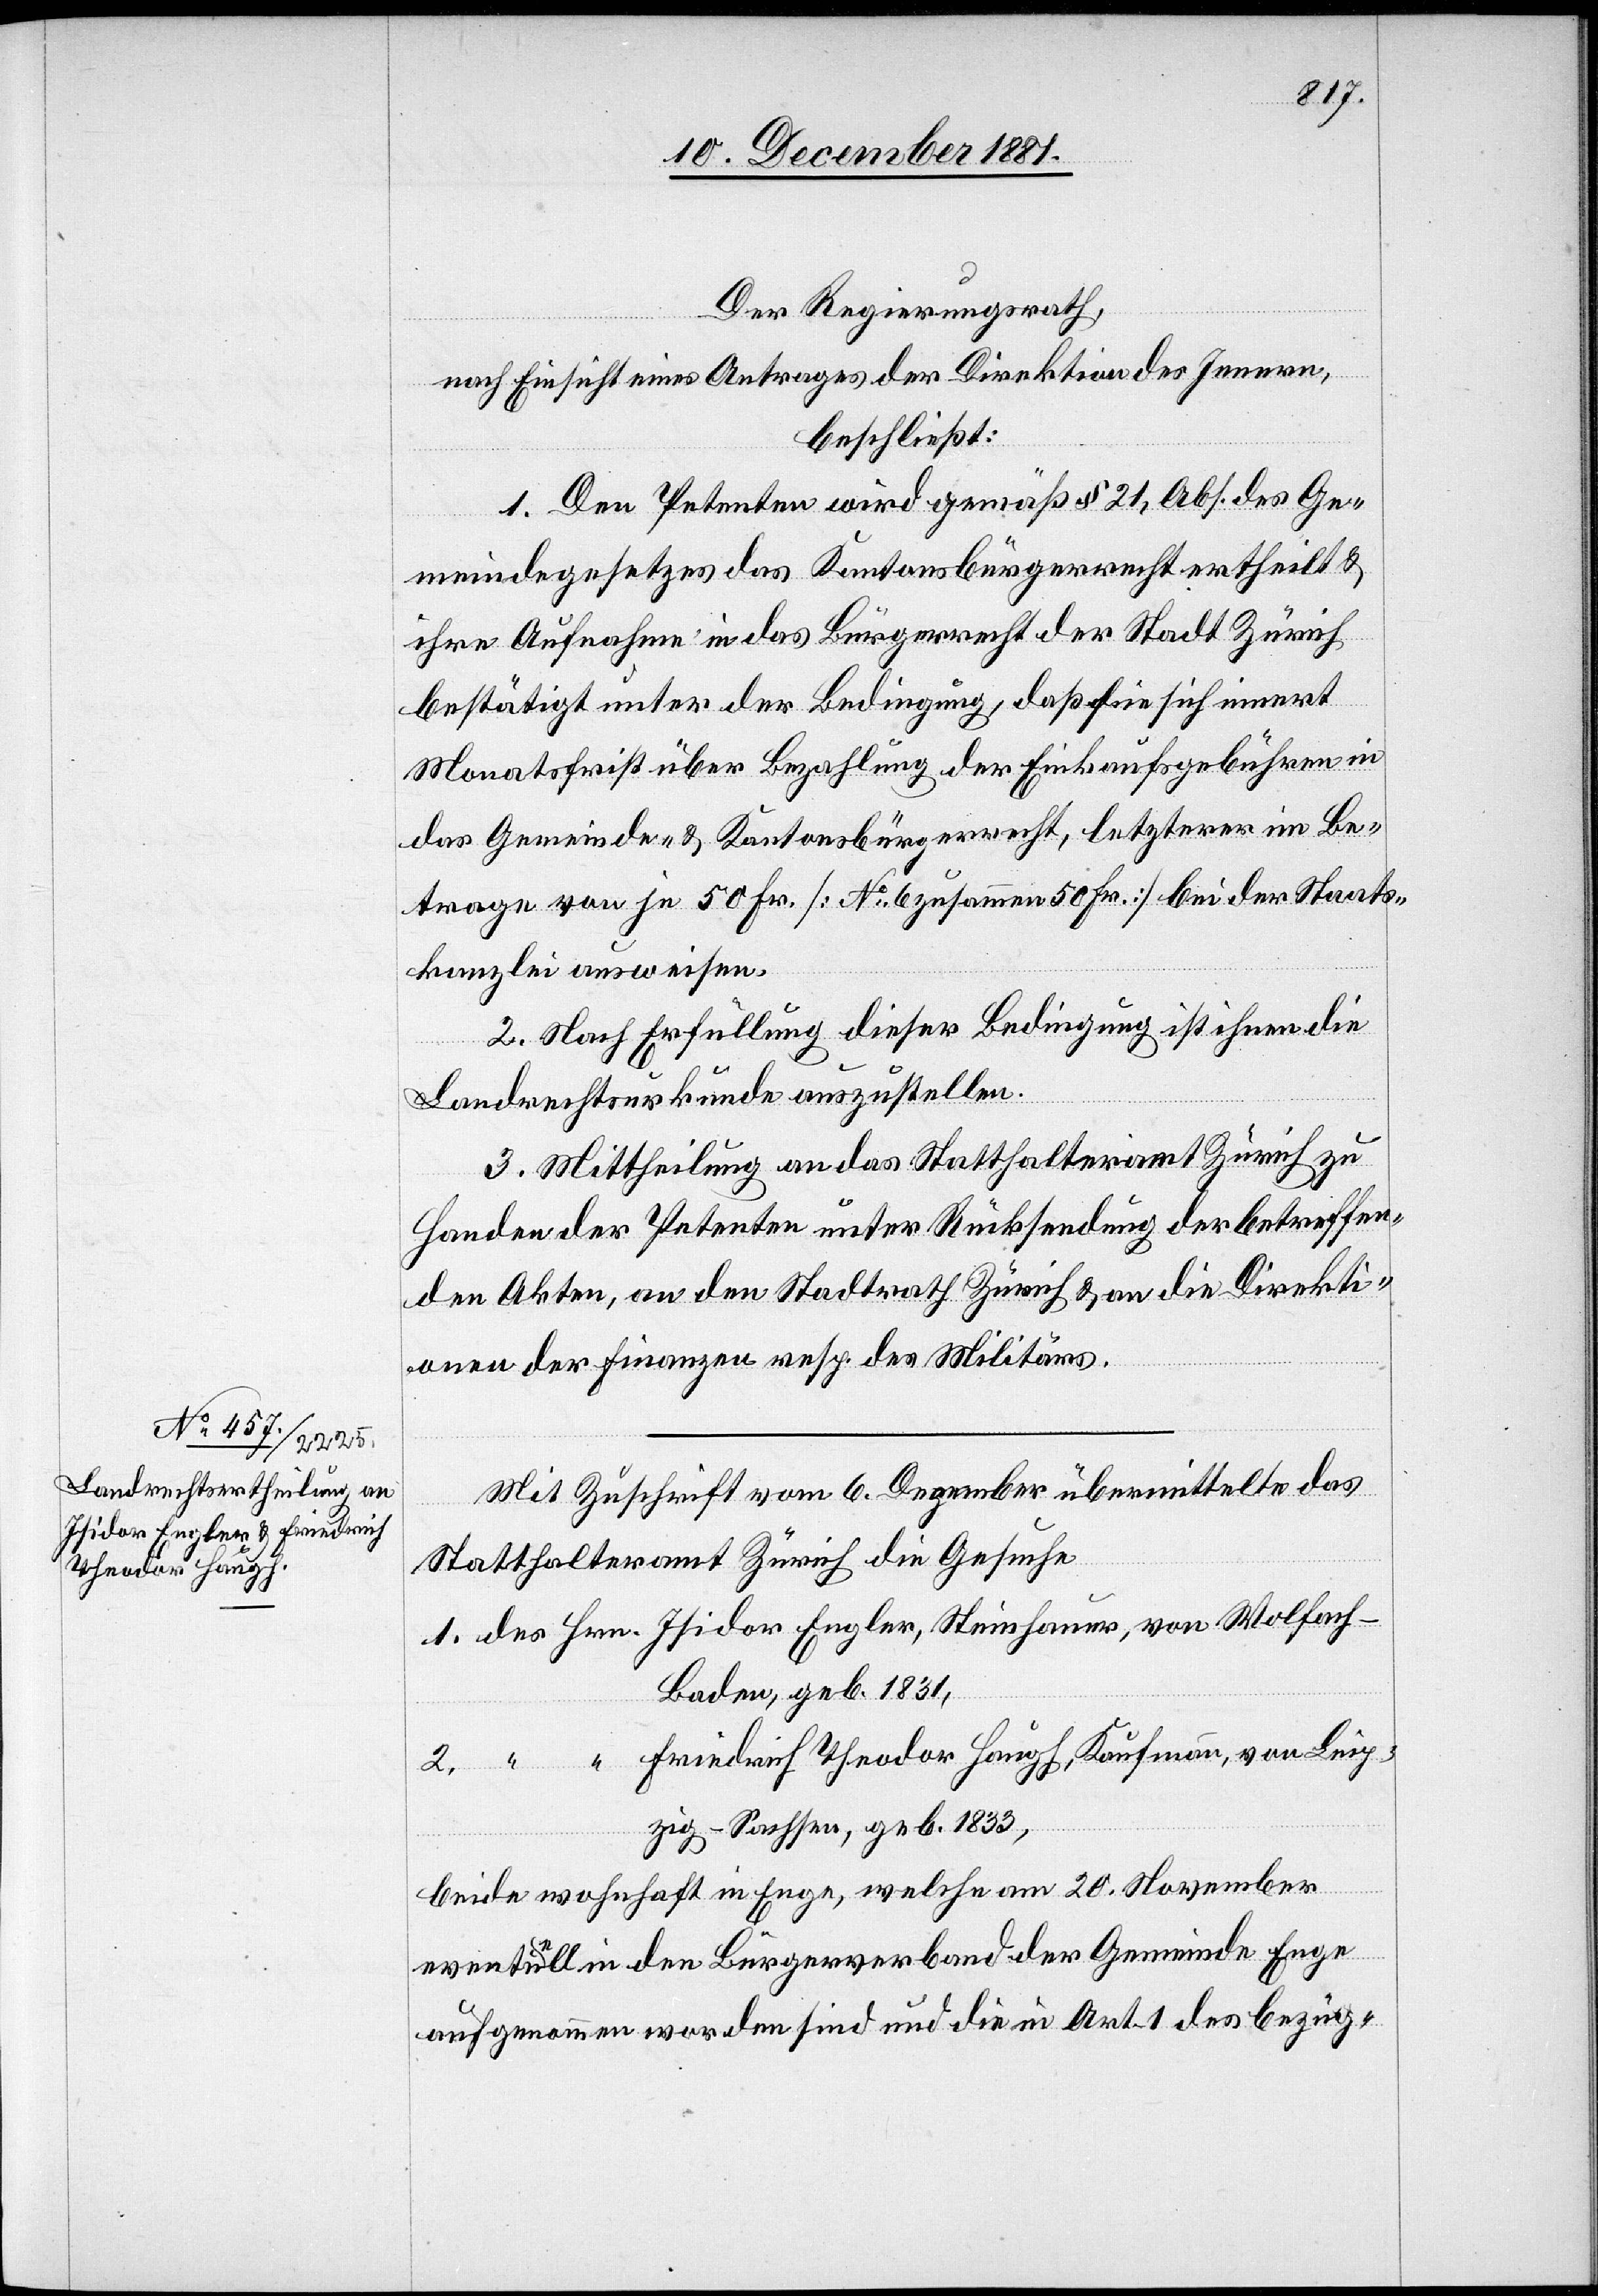
Der Regierungsrath,
nach Einsicht eines Antrages der Direktion des Innern,
beschließt:
1. Den Petenten wird gemäß § 21, Abs. [2] des Ge¬
meindegesetzes das Kantonsbürgerrecht ertheilt &
ihre Aufnahme in das Bürgerrecht der Stadt Zürich
bestätigt unter der Bedingung, daß sie sich innert
Monatsfrist über Bezahlung der Einkaufsgebühren in
das Gemeinde- & Kantonsbürgerrecht, letzterer im Be¬
trage von je Fr. 50 [No 6 zusammen 50 Fr.] bei der Staats¬
kanzlei ausweisen.
2. Nach Erfüllung dieser Bedingung ist ihnen die
Landrechtsurkunde auszustellen.
3. Mittheilung an das Statthalteramt Zürich zu
Handen der Petenten unter Rücksendung der betreffen¬
den Akten, an den Stadtrath Zürich & an die Direkti¬
onen der Finanzen resp. des Militärs.
Mit Zuschrift vom 6. Dezember übermittelte das
Statthalteramt Zürich die Gesuche
1. des Hrn. Isidor Engler, Steinhauer, von Wolfach
Baden, geb. 1831,
2. “ “ Friedrich Theodor Haugh, Kaufmann, von Leip¬
zig - Sachsen, geb. 1833,
beide wohnhaft in Enge, welche am 20. November
eventuell in den Bürgerverband der Gemeinde Enge
aufgenommen worden sind und die in Art. 1 des bezüg-